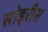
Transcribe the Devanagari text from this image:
सोइरीस